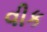
વીક